Annual report of the Punjab Veterinary College and of the Civil Veterinary Department, Punjab - 1920-1925
Year: 1920
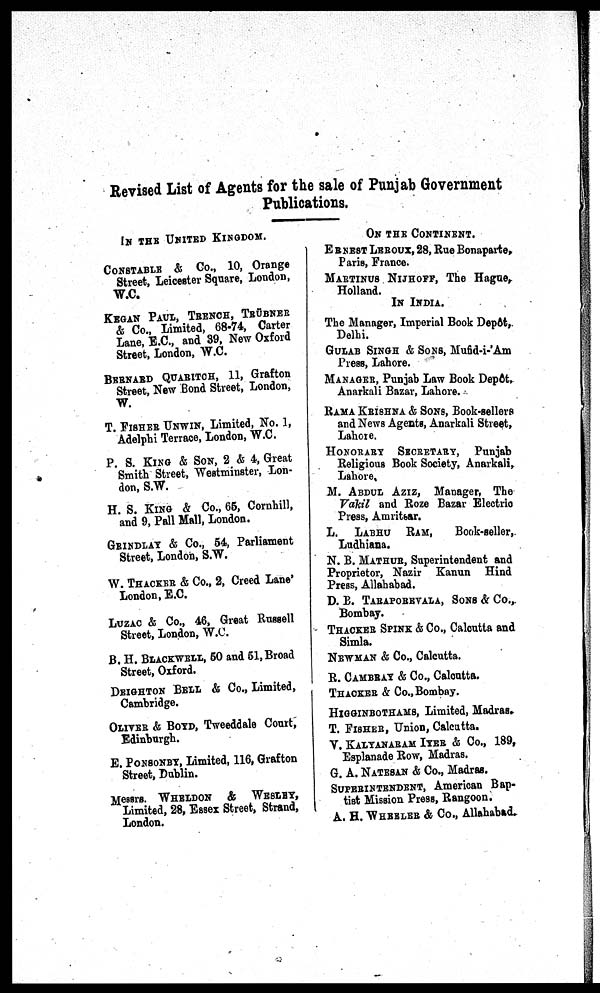
Revised List of Agents for the sale of Punjab Government
Publications.
IN THE UNITED KINGDOM.
CONSTABLE & Co., 10, Orange
Street, Leicester Square, London,
W.C.
KEGAN PAUL, TRENCH, TRÜBNER
& Co., Limited, 68-74, Carter
Lane, E.C., and 39, New Oxford
Street, London, W.C.
BERNARD QUARITCH, 11, Grafton
Street, New Bond Street, London,
W.
T. FISHER UNWIN, Limited, No. 1,
Adelphi Terrace, London, W.C.
P. S. KING & SON, 2 & 4, Great
Smith Street, Westminster, Lon-
don, S.W.
H. S. KING & Co., 65, Cornhill,
and 9, Pall Mall, London.
GRINDLAY & Co., 54, Parliament
Street, London, S.W.
W. THACKER & Co., 2, Creed Lane'
London, E.C.
LUZAC & Co., 46, Great Russell
Street, London, W.C.
B. H. BLACKWELL, 50 and 51, Broad
Street, Oxford.
DEIGHTON BELL & Co., Limited,
Cambridge.
OLIVER & BOYD, Tweeddale Court,
Edinburgh.
E. PONSONBY, Limited, 116, Grafton
Street, Dublin.
Messrs. WHELDON & WESLEY,
Limited, 28, Essex Street, Strand,
London.
ON THE CONTINENT.
ERNEST LEROUX, 28, Rue Bonaparte,
Paris, France.
MARTINUS NIJHOFF, The Hague,
Holland.
IN INDIA.
The Manager, Imperial Book Depôt,
Delhi.
GULAB SINGH & SONS, Mufid-i-'Am
Press, Lahore.
MANAGER, Punjab Law Book Depôt,
Anarkali Bazar, Lahore.
RAMA KRISHNA & SONS, Book-sellers
and News Agents, Anarkali Street,
Lahore.
HONORARY SECRETARY, Punjab
Religious Book Society, Anarkali,
Lahore.
M. ABDUL AZIZ, Manager, The
Vakil and Roze Bazar Electric
Press, Amritsar.
L. LABHU RAM,
Book-seller,
Ludhiana.
N. B. MATHUR, Superintendent and
Proprietor, Nazir Kanun Hind
Press, Allahabad.
D. E. TARAPOREVALA, SONS & Co.,
Bombay.
THACKER SPINK & Co., Calcutta and
Simla.
NEWMAN & Co., Calcutta.
R. CAMBRAY & Co., Calcutta.
THACKER & Co., Bombay.
HIGGINBOTHAMS, Limited, Madras.
T. FISHER, Union, Calcutta.
V. KALYANARAM IYER & Co., 189,
Esplanade Row, Madras.
G. A. NATESAN & Co., Madras.
SUPERINTENDENT, American Bap-
tist Mission Press, Rangoon.
A. H. WHEELER & Co., Allahabad.